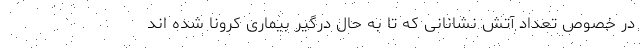
در خصوص تعداد آتش نشانانی که تا به حال درگیر بیماری کرونا شده اند